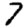
Digit: 7